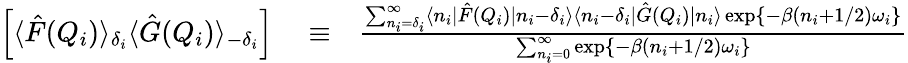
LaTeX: \begin{array}{rlr}{\left[\langle\hat{F}(Q_{i})\rangle_{\delta_{i}}\langle\hat{G}(Q_{i})\rangle_{-\delta_{i}}\right]}&{{}\equiv}&{\frac{\sum_{n_{i}=\delta_{i}}^{\infty}\langle n_{i}|\hat{F}(Q_{i})|n_{i}-\delta_{i}\rangle\langle n_{i}-\delta_{i}|\hat{G}(Q_{i})|n_{i}\rangle\exp\left\{ -\beta(n_{i}+1/2)\omega_{i}\right\} }{\sum_{n_{i}=0}^{\infty}\exp\left\{ -\beta(n_{i}+1/2)\omega_{i}\right\} }}\end{array}